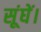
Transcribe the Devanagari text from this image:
सूंघें।